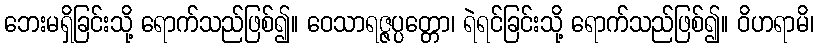
ဘေးမရှိခြင်းသို့ ရောက်သည်ဖြစ်၍။ ဝေသာရဇ္ဇပ္ပတ္တော၊ ရဲရင်ခြင်းသို့ ရောက်သည်ဖြစ်၍။ ဝိဟရာမိ၊